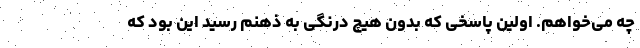
چه می‌خواهم. اولین پاسخی که بدون هیچ درنگی به ذهنم رسید این بود که